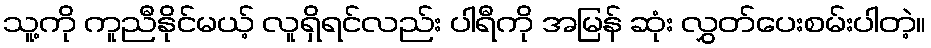
သူ့ကို ကူညီနိုင်မယ့် လူရှိရင်လည်း ပါရီကို အမြန် ဆုံး လွှတ်ပေးစမ်းပါတဲ့။